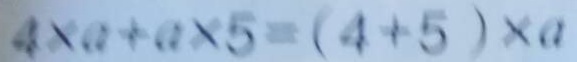
4 \times a + a \times 5 = ( 4 + 5 ) \times a